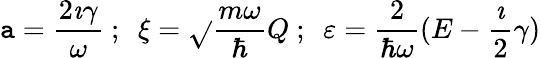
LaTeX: \mathtt{a}=\frac{{2\imath\gamma}}{{\omega}}\ ;\ \ \xi=\sqrt{}{{\frac{{m\omega}}{{\hbar}}}}Q\ ;\ \ \varepsilon=\frac{{2}}{{\hbar\omega}}(E-\frac{{\imath}}{{2}}\gamma)